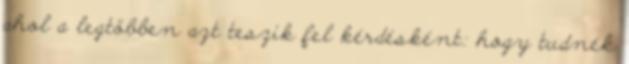
ahol a legtöbben azt teszik fel kérdésként: hogy tudnék